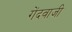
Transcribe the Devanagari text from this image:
गेंदवाजी